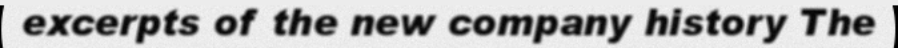
excerpts of the new company history The